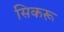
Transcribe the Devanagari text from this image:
सिकरू